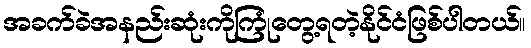
အခက်ခဲအနည်းဆုံးကိုကြုံတွေ့ရတဲ့နိုင်ငံဖြစ်ပါတယ်။